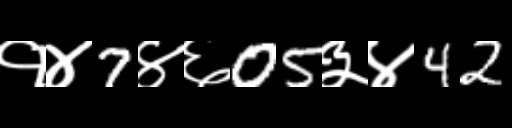
Text: १४7४६05३४42